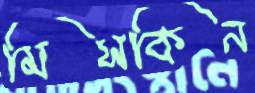
মিসকিন